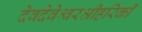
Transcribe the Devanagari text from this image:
देवदेवेश्वरश्रीहरिकी